Sanitation, dispensaries and jails vaccination Rajputana 1922-1927 - 1922-1927
Year: 1922
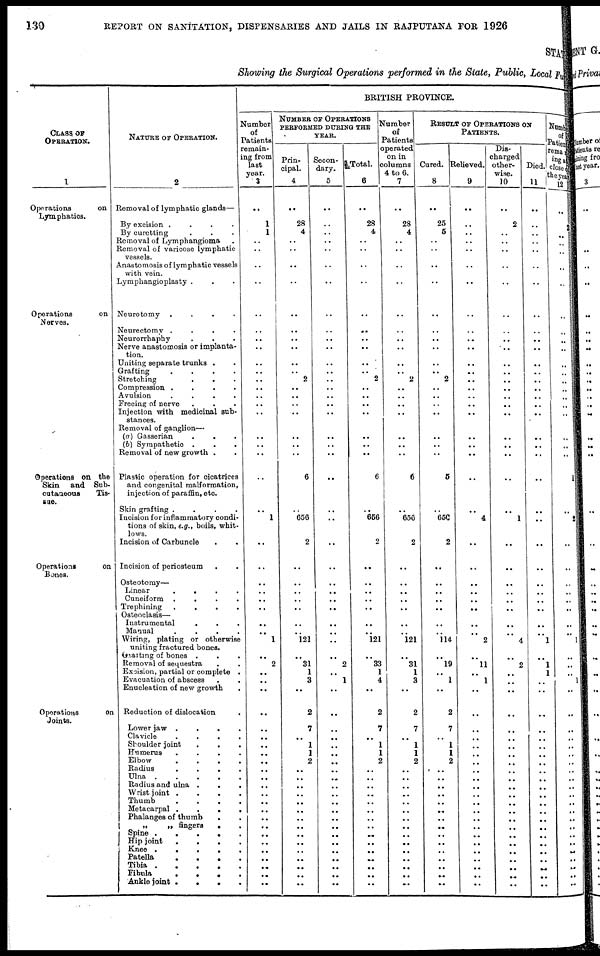
130
REPORT ON SANITATION, DISPENSARIES AND JAILS IN RAJPUTANA FOR 1926
STATE
Showing the Surgical Operations performed in the State, Public, Local Fund
CLASS, OF
OPERATION
1
Operations
on
Lymphatics.
Operations
on
Nerves.
Operations on the
Skin and Sub-
cutaneous
Tis-
sue.
Operations
on
Bones.
Operations
on
Joints.
NATURE OF OPERATION.
2
Removal of lymphatic glands—
By excision . . . .
By curetting . . .
Removal of Lymphangioma .
Removal of varicose lymphatic
vessels.
Anastomosis of lymphatic vessels
with vein.
Lymphangioplasty . . .
Neurotomy .
.
.
.
Neurectomy .
.
.
.
Neurorrhaphy . . .
Nerve anastomosis or implanta-
tion.
Uniting separate trunks . .
Grafting
.
.
.
.
Stretching . . .
Compression .
.
.
.
Avulsion
.
.
.
.
Freeing of nerve . . .
Injection with medicinal sub-
stances.
Removal of ganglion—
(a) Gasserian
.
. .
(b) Sympathetic . . .
Removal of new growth . .
Plastic operation for cicatrices
and congenital malformation,
injection of paraffin, etc.
Skin grafting .
.
.
.
Incision for inflammatory condi-
tions of skin, e.g., boils, whit-
lows.
Incision of Carbuncle . .
Incision of periosteum
. .
Osteotomy—
Linear
.
.
.
.
Cuneiform .
.
.
.
Trephining
.
.
.
.
Osteoclasis—
Instrumental . . .
Manual
.
.
.
.
Wiring, plating or otherwise
uniting fractured bones.
Grafting of bones . . .
Removal of sequestra . .
Excision, partial or complete .
Evacuation of abscess . .
Enucleation of new growth .
Reduction of dislocation .
Lower jaw .
.
.
.
Clavicle
.
.
.
.
Shoulder joint
.
.
.
Humerus
.
.
.
.
Elbow
.
.
.
.
Radius
.
.
.
.
Ulna .
.
.
.
.
Radius and ulna .
.
.
Wrist joint .
.
.
.
Thumb
. . . .
Metacarpal .
.
.
.
Phalanges of thumb
.
.
„
„ fingers . .
Spine .
.
.
.
.
Hip joint
.
.
.
.
Knee .
.
.
.
.
Patella
.
.
.
.
Tibia .
.
.
.
.
Fibula
.
.
.
.
Ankle joint
.
. . .
BRITISH PROVINCE.
Number
of
Patients
remain¬
ing from
last
year.
3
..
1
1
..
..
..
..
..
..
..
..
..
..
..
..
..
..
..
..
..
..
..
..
1
..
..
..
..
..
..
..
.. 1
..
2
..
..
..
..
..
..
..
..
..
..
..
..
..
..
..
..
..
..
..
..
..
..
..
..
NUMBER OF OPERATIONS
PERFORMED DURING THE
YEAR.
Prin¬
cipal.
4
..
28
4
..
..
..
..
..
..
..
..
..
..
2
..
..
..
..
..
..
..
6
..
656
2
..
..
..
..
..
..
..
121
..
31
1
3
..
2
7
..
1
1
2
..
..
..
..
..
..
..
..
..
..
..
..
..
..
..
Secon¬
dary.
5
..
..
..
..
..
..
..
..
..
..
..
..
..
..
..
..
..
..
..
..
..
..
..
..
..
..
..
..
..
..
..
..
..
..
2
..
1
..
..
..
..
..
..
..
..
..
..
..
..
..
..
..
..
..
..
..
..
..
..
Total.
6
..
28
4
..
..
..
..
..
..
..
..
..
..
2
..
..
..
..
..
..
..
6
..
656
2
..
..
..
..
..
..
..
121
..
33
1
4
..
2
7
..
1
1
2
..
..
..
..
..
..
..
..
..
..
..
..
..
..
..
Number
of
Patients
operated
on in
columns
4 to 6.
7
..
28
4
..
..
..
..
..
..
..
..
..
..
2
..
..
..
..
..
..
..
6
..
656
2
..
..
..
..
..
..
..
121
..
31
1
3
..
2
7
..
1
1
2
..
..
..
..
..
..
..
..
..
..
..
..
..
..
..
RESULT OF OPERATIONS ON
PATIENTS.
Cured.
8
..
25
5
..
..
..
..
..
..
..
..
..
..
2
..
..
..
..
..
..
..
5
..
650
2
..
..
..
..
..
..
..
114
..
19
..
1
..
2
7
..
1
1
2
..
..
..
..
..
..
..
..
..
..
..
..
..
..
..
Relieved.
9
..
..
..
..
..
..
..
..
..
..
..
..
..
..
..
..
..
..
..
..
..
..
..
4
..
..
..
..
..
..
..
.. 2
..
11
..
1
..
..
..
..
..
..
..
..
..
..
..
..
..
..
..
..
..
..
..
..
..
..
Dis¬
charged
other-
wise.
10
..
2
..
.. ..
..
..
..
..
..
..
..
..
..
..
..
..
..
..
..
..
..
..
1
..
..
..
..
..
..
..
.. 4
..
2
..
..
..
..
..
..
..
..
..
..
..
..
..
..
..
..
..
..
..
..
..
..
..
..
Died.
11
..
..
..
.. ..
..
..
..
..
..
..
..
..
..
..
..
..
..
..
..
..
..
..
..
..
..
..
..
..
..
..
..
1
..
1
1
..
..
..
..
..
..
..
..
..
..
..
..
..
..
..
..
..
..
..
..
..
..
..
Number
of
Patients
remain¬
ing at
close of
the year
12
..
2
..
..
..
..
..
..
..
..
..
..
..
..
..
..
..
..
..
..
..
1
..
2
..
..
..
..
..
..
..
.. 1
..
..
..
1
..
..
..
..
..
..
..
..
..
..
..
..
..
..
..
..
..
..
..
..
..
..